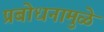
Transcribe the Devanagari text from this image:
प्रबोधनामुळे